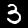
Label: 3